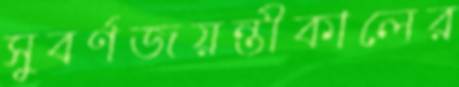
সুবর্ণজয়ন্তীকালের